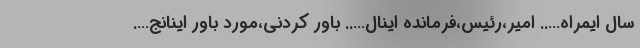
سال ایمراه….. امیر،رئیس،فرمانده اینال….. باور کردنی،مورد باور اینانج….